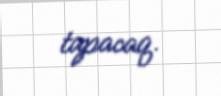
tapacaq.